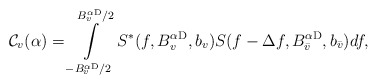
\begin{align*} \mathcal{C}_{v} (\alpha)=\int\limits_{-B_{v}^{\alpha {\rm D}}/2}^{B_{v}^{\alpha {\rm D}}/2} S^{*}(f,B_{v}^{\alpha {\rm D}},b_{v})S(f-\Delta f,B_{\bar{v}}^{\alpha {\rm D}},b_{\bar{v}})df ,\end{align*}